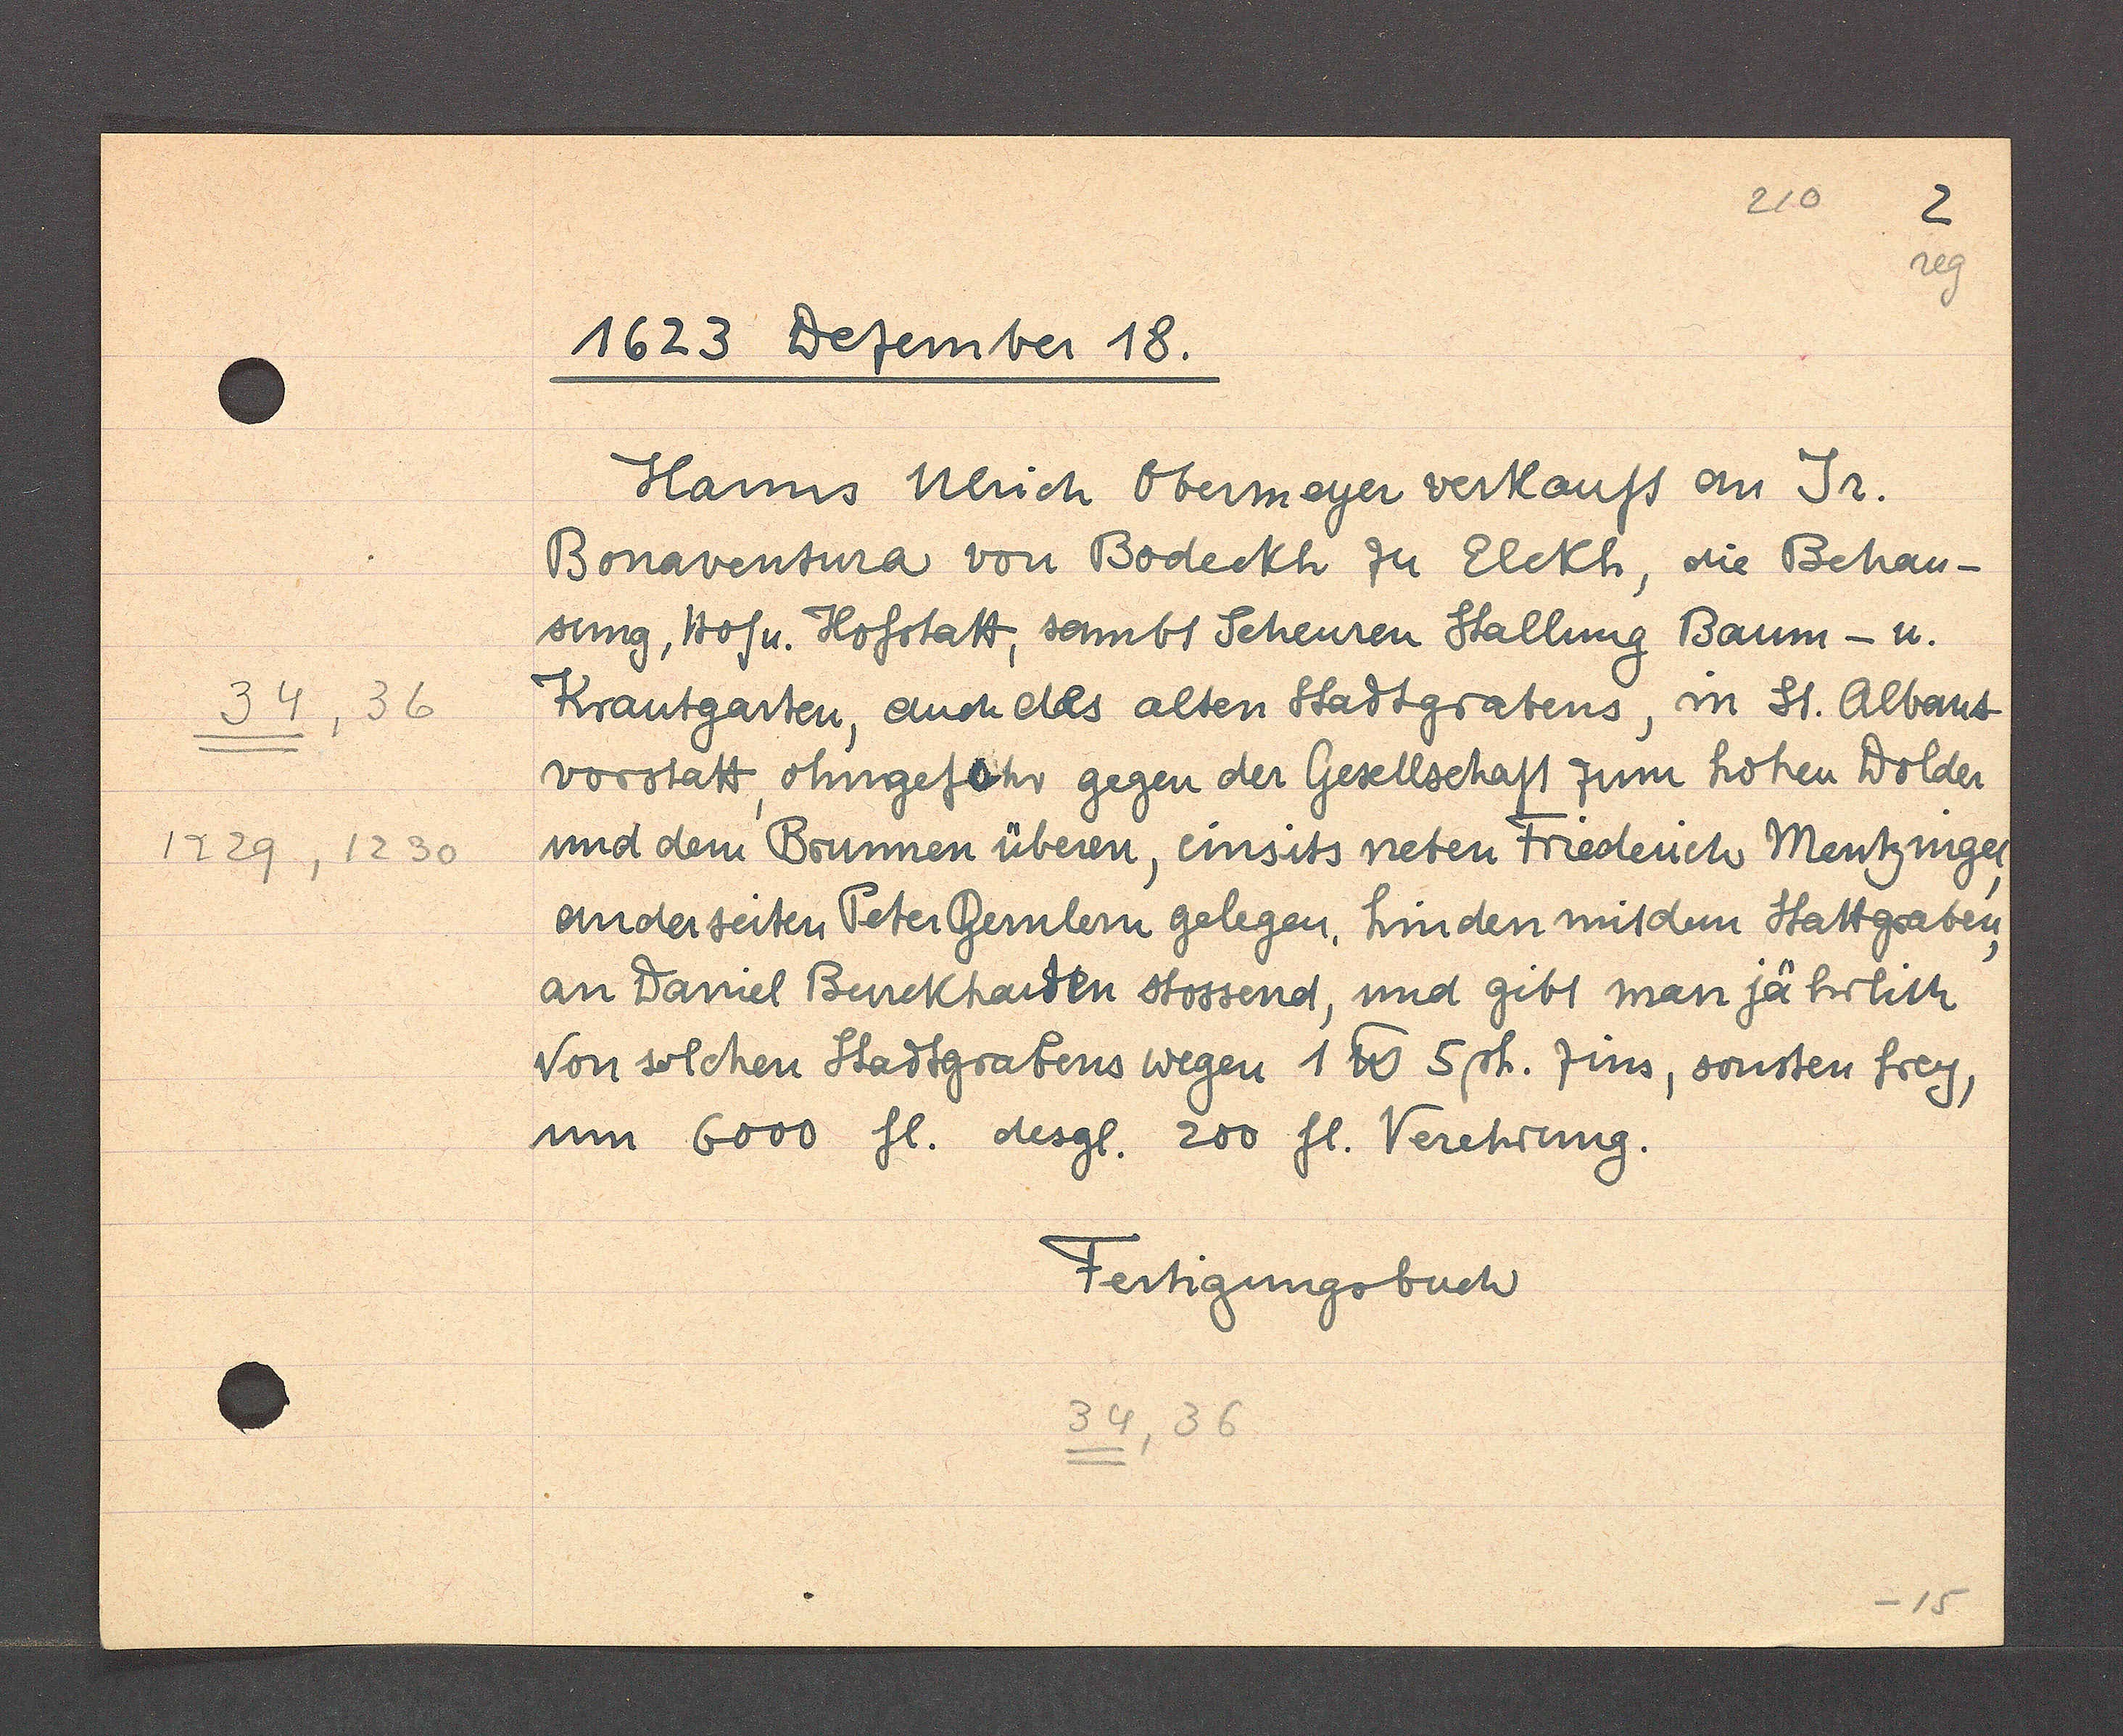
Transcript:
34, 36
1229, 1230

1623 Dezember 18.

Hanns Ulrich Obermeyer verkauft an Jr.
Bonaventura von Bodeckh zu Elckh, die Behau-
sung, Hof u. Hofstatt, sambt Scheuren Stallung Baum -u.
Krautgarten, auch des alten Stadtgratens, in St. Albans-
vorstatt, ohngefahr gegen der Gesellschaft zum hohen Wolder
und dem Brunnen überen, einsits neben Friederich Mentzinger,
anderseiten Peter Bernlern gelegen, hinden mitdem Stattgraben,
an Daniel Burckharden stossend, und gibt man jährlich
Von solchen Stattgrabens wegen 1 ℔ 5 sh. Zins, sonsten frey,
um 6000 fl. desgl. 200 fl. Verehrung.

Festigungsbuch

34, 36